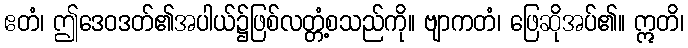
ဧတံ၊ ဤဒေဝဒတ်၏အပါယ်၌ဖြစ်လတ္တံ့စသည်ကို။ ဗျာကတံ၊ ဖြေဆိုအပ်၏။ ဣတိ၊